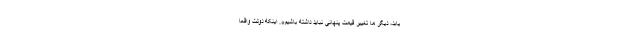
یابد، دیگر ما تغییر قیمت پنهانی نباید داشته باشیم». اینکه دولت واقعا